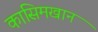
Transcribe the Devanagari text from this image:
कासिमखान